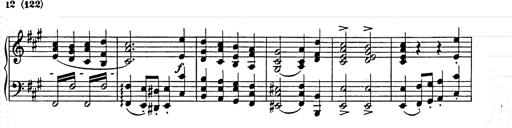
Title: Weihnachtsbaum
Composer: Franz Liszt